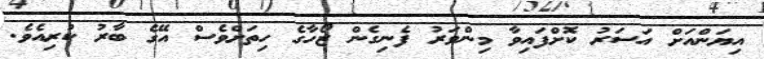
އިޔަންއަށް އަސަރު ކޮށްފައިވާ މިންވަރު ފެނިގެން ޒޯހާގެ ހިތަށްވެސް އޭގެ ބާރު ކުރިއެވެ.